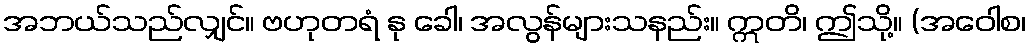
အဘယ်သည်လျှင်။ ဗဟုတရံ နု ခေါ၊ အလွန်များသနည်း။ ဣတိ၊ ဤသို့။ (အဝေါစ၊